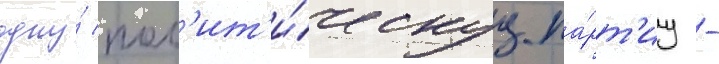
одну́ пол'ит'и́ческуу па́рт'иу -